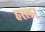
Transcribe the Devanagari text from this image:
हस्‍लर